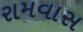
રામવાસ